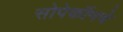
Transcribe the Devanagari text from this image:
सोपेकॉमचे